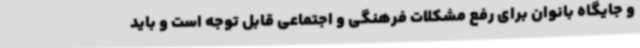
و جایگاه بانوان برای رفع مشکلات فرهنگی و اجتماعی قابل توجه است و باید